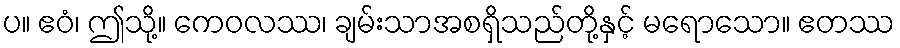
ပ။ ဧဝံ၊ ဤသို့။ ကေဝလဿ၊ ချမ်းသာအစရှိသည်တို့နှင့် မရောသော။ ဧတဿ